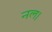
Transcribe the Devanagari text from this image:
नल।